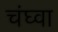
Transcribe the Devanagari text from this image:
चंघ्वा